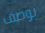
بوصف